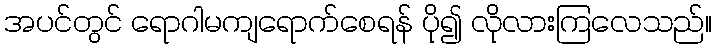
အပင်တွင် ရောဂါမကျရောက်စေရန် ပို၍ လိုလားကြလေသည်။